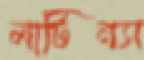
মার্টিনস